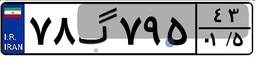
۹۶گ۸۴۹۲۲